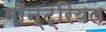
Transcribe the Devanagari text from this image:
माॅन्ट्रियल